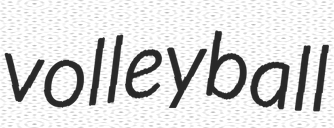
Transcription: volleyball